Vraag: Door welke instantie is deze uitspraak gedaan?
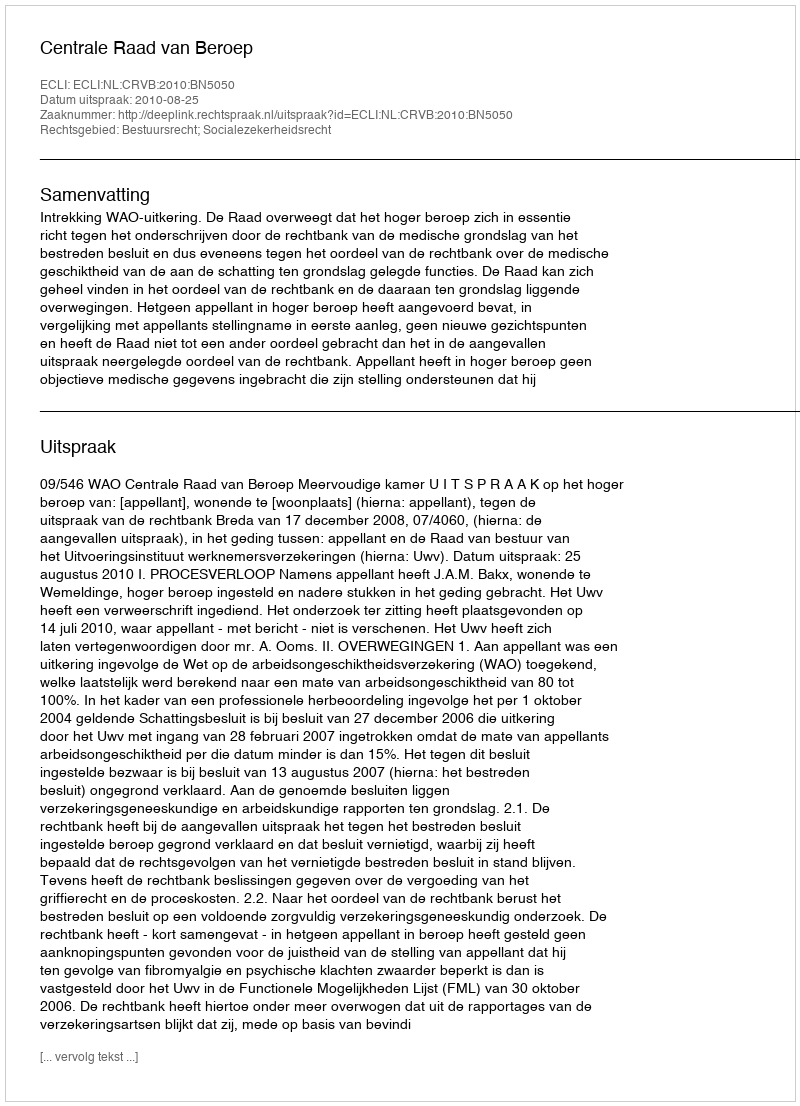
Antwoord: Centrale Raad van Beroep